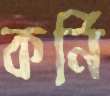
কর্নি